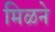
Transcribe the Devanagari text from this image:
मिळने